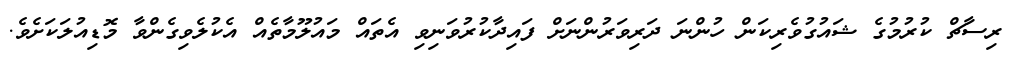
ރިސާޗް ކުރުމުގެ ޝައުގުވެރިކަން ހުންނަ ދަރިވަރުންނަށް ފައިދާކުރުވަނިވި އެތައް މައުލޫމާތެއް އެކުލެވިގެންވާ މޮޑިއުލަކަށެވެ.